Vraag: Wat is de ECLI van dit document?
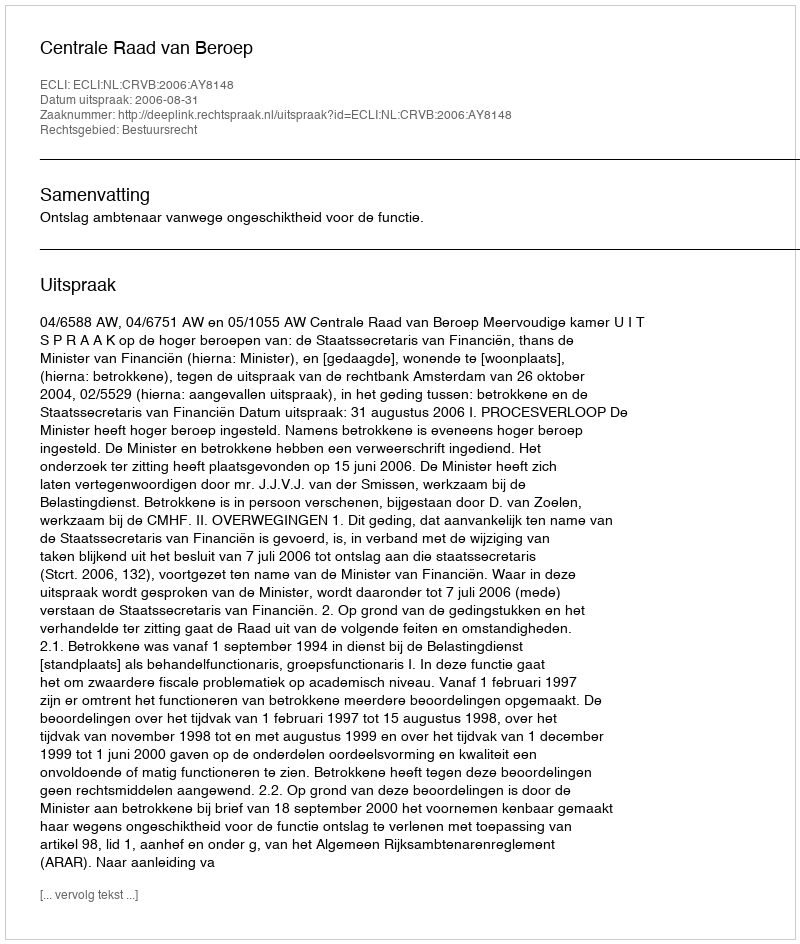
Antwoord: ECLI:NL:CRVB:2006:AY8148